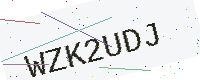
Text: WZK2UDJ